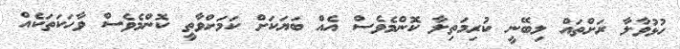
ހުޅުވާލާ ރަށްތައް ލިބޭނީ ކުރިމަތިލާ ކޮންމެވެސް އެއް ބަޔަކަށް ކަމަށްވާތީ ކޮންމެވެސް ވާހަކަތަކެއް